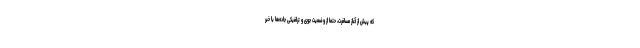
که پیش از آغاز مسافرت، حتما از وضعیت جوی و ترافیکی جاده‌ها با خبر